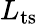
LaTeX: L_{\mathrm{ts}}